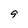
Character: 9